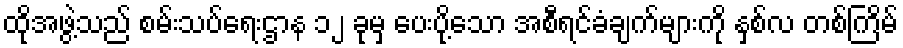
ထိုအဖွဲ့သည် စမ်းသပ်ရေးဌာန ၁၂ ခုမှ ပေးပို့သော အစီရင်ခံချက်များကို နှစ်လ တစ်ကြိမ်